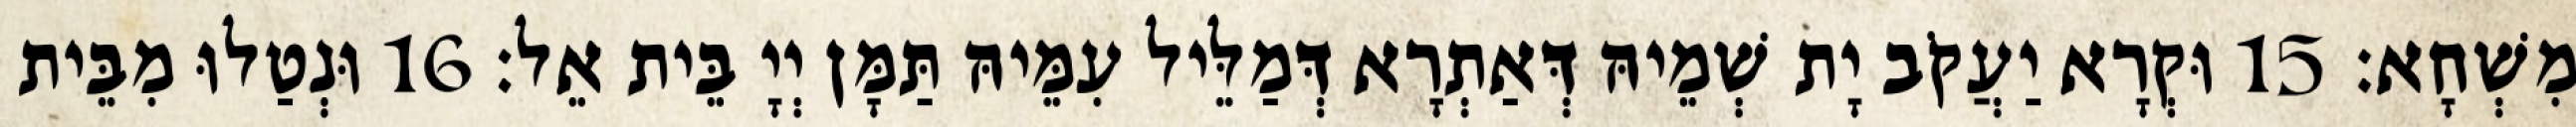
מִשְׁחָא׃ 15 וּקְרָא יַעֲקֹב יָת שְׁמֵיהּ דְּאַתְרָא דְּמַלֵּיל עִמֵּיהּ תַּמָּן יְיָ בֵּית אֵל׃ 16 וּנְטַלוּ מִבֵּית